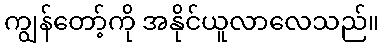
ကျွန်တော့်ကို အနိုင်ယူလာလေသည်။